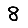
Digit: 8